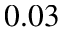
0 . 0 3